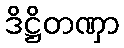
ဒိဋ္ဌိတဏှာ